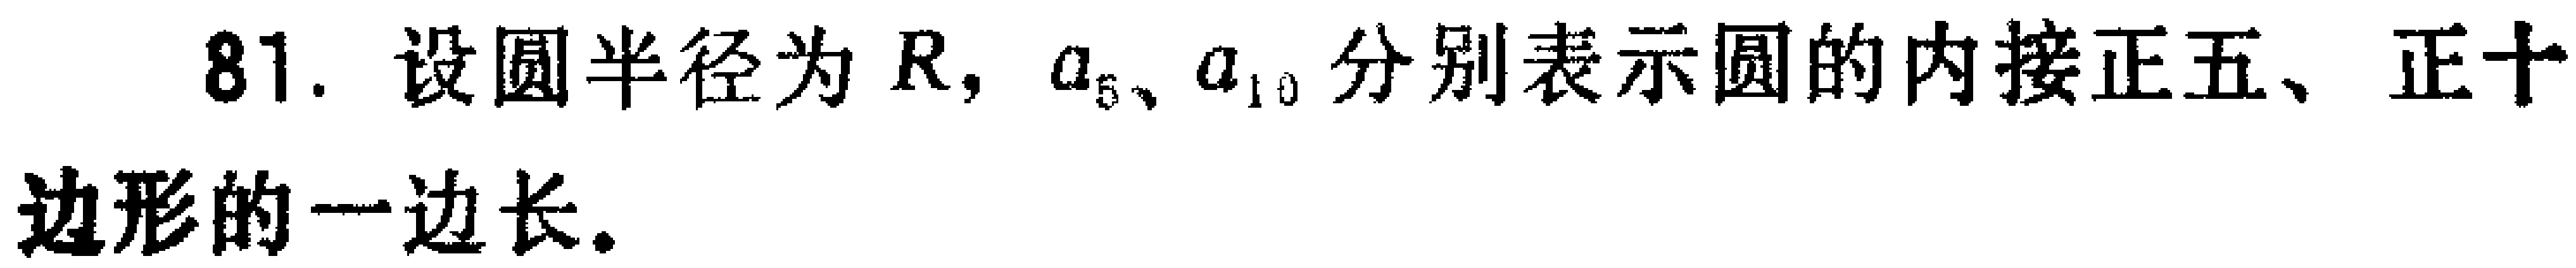
81. 设圆半径为\(R\)，\(a_{5}\)、\(a_{10}\)分别表示圆的内接正五、正十边形的一边长。